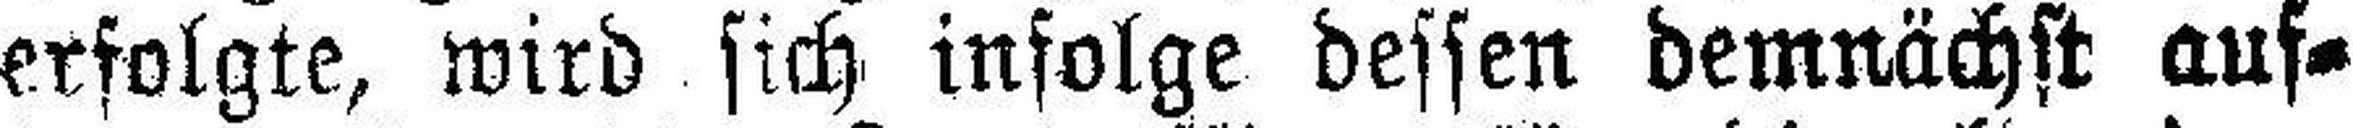
erfolgte, wird sich infolge dessen demnächst auf¬